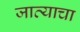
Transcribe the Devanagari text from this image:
जात्याचा